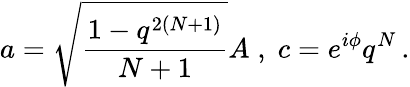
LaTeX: a=\sqrt{\frac{1-q^{2(N+1)}}{N+1}}A\; ,\; c=e^{i\phi}q^{N}\, .